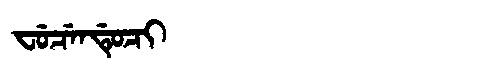
Manchu: ᠸᡠᠴᡝᠨᡩᡠᠴᡳ
Romanization: FUCENDUCI